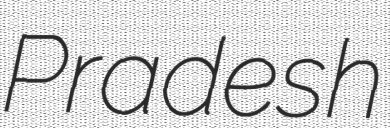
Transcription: Pradesh